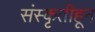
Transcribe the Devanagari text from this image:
संस्‍कृतीहून